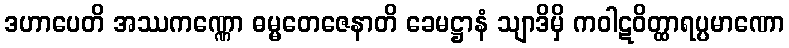
ဒဟာပေတိ အဿကဏ္ဏော ဓမ္မတေဇေနာတိ ခေမဋ္ဌာနံ သျာဒိမှိ ကဝါဋဝိတ္ထာရပ္ပမာဏော